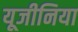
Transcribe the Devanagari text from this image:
यूजीनिया